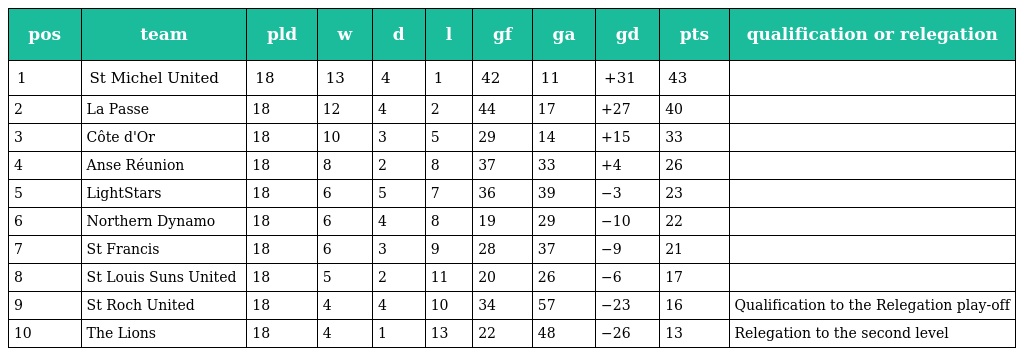
| pos | team | pld | w | d | l | gf | ga | gd | pts | qualification or relegation |
 | --- | --- | --- | --- | --- | --- | --- | --- | --- | --- | --- |
 | 1 | St Michel United | 18 | 13 | 4 | 1 | 42 | 11 | +31 | 43 |  |
 | 2 | La Passe | 18 | 12 | 4 | 2 | 44 | 17 | +27 | 40 |  |
 | 3 | Côte d'Or | 18 | 10 | 3 | 5 | 29 | 14 | +15 | 33 |  |
 | 4 | Anse Réunion | 18 | 8 | 2 | 8 | 37 | 33 | +4 | 26 |  |
 | 5 | LightStars | 18 | 6 | 5 | 7 | 36 | 39 | −3 | 23 |  |
 | 6 | Northern Dynamo | 18 | 6 | 4 | 8 | 19 | 29 | −10 | 22 |  |
 | 7 | St Francis | 18 | 6 | 3 | 9 | 28 | 37 | −9 | 21 |  |
 | 8 | St Louis Suns United | 18 | 5 | 2 | 11 | 20 | 26 | −6 | 17 |  |
 | 9 | St Roch United | 18 | 4 | 4 | 10 | 34 | 57 | −23 | 16 | Qualification to the Relegation play-off |
 | 10 | The Lions | 18 | 4 | 1 | 13 | 22 | 48 | −26 | 13 | Relegation to the second level |